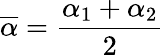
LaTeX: \overline{{\alpha}}=\frac{\alpha_{1}+\alpha_{2}}{2}